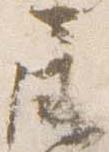
屏